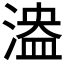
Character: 𣺻